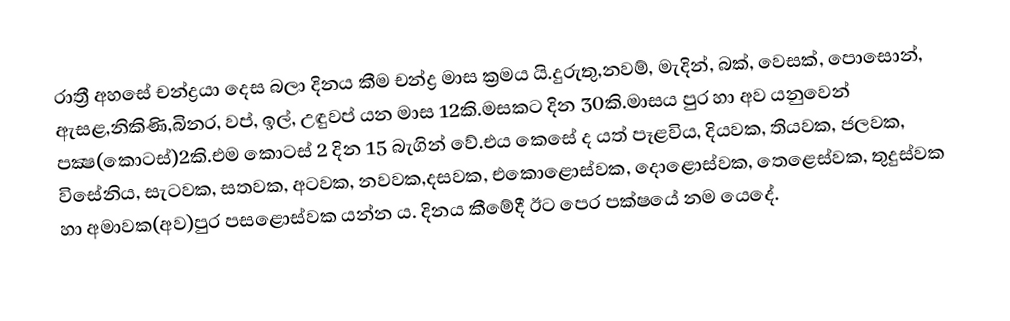
රාත්‍රී අහසේ චන්ද්‍රයා දෙස බලා දිනය කීම චන්ද්‍ර මාස ක්‍රමය යි.දුරුතු,නවම්, මැදින්, බක්, වෙසක්, පොසොන්, ඇසළ,නිකිණි,බිනර, වප්, ඉල්, උඳුවප් යන මාස 12කි.මසකට දින 30කි.මාසය පුර හා අව යනුවෙන් පක්‍ෂ(කොටස්)2කි.එම කොටස් 2 දින 15 බැගින් වේ.එය කෙසේ ද යත් පෑළවිය, දියවක, තියවක, ජලවක, විසේනිය, සැටවක, සතවක, අටවක, නවවක,දසවක, එකොළොස්වක, දොළොස්වක, තෙළෙස්වක, තුදුස්වක හා අමාවක(අව)පුර පසළොස්වක යන්න ය. දිනය කීමේදී ඊට පෙර පක්ෂයේ නම යෙදේ.